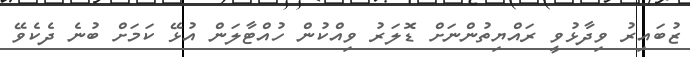
ޒުބައިރު ވިދާޅުވީ ރައްޔިތުންނަށް ޑޮލަރު ވިއްކުން ހުއްޓާލަން އުޅޭ ކަމަށް ބުނެ ދެކެވޭ